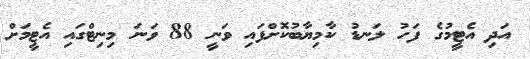
އަދި އެޓީމުގެ ފަހު ލަނޑު ކާމިޔާބުކޮށްފައި ވަނީ 88 ވަނަ މިނިޓްގައި އެޓީމަށް